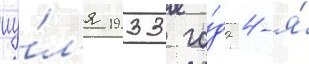
иу́л'я 1933 го́да 4-я́